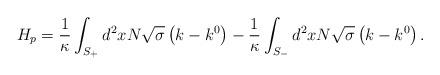
LaTeX: \begin{align*}H_{p}=\frac{1}{\kappa }\int_{S_{+}}^{{}}d^{2}xN\sqrt{\sigma }\left(k-k^{0}\right) -\frac{1}{\kappa }\int_{S_{-}}d^{2}xN\sqrt{\sigma }\left(k-k^{0}\right) . \end{align*}